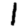
Digit: 1